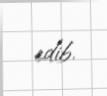
edib.